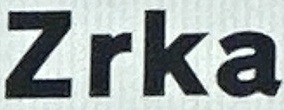
Zrka